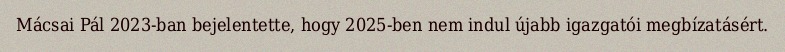
Mácsai Pál 2023-ban bejelentette, hogy 2025-ben nem indul újabb igazgatói megbízatásért.